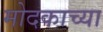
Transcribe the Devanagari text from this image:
मोदकाच्या